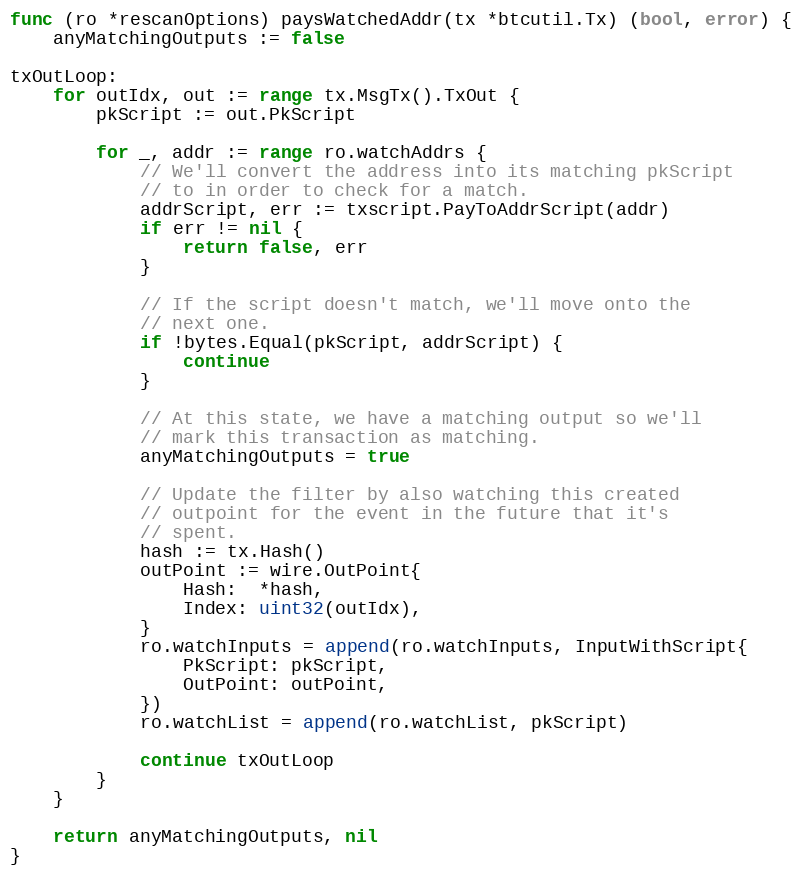
Language: Go
func (ro *rescanOptions) paysWatchedAddr(tx *btcutil.Tx) (bool, error) {
	anyMatchingOutputs := false

txOutLoop:
	for outIdx, out := range tx.MsgTx().TxOut {
		pkScript := out.PkScript

		for _, addr := range ro.watchAddrs {
			// We'll convert the address into its matching pkScript
			// to in order to check for a match.
			addrScript, err := txscript.PayToAddrScript(addr)
			if err != nil {
				return false, err
			}

			// If the script doesn't match, we'll move onto the
			// next one.
			if !bytes.Equal(pkScript, addrScript) {
				continue
			}

			// At this state, we have a matching output so we'll
			// mark this transaction as matching.
			anyMatchingOutputs = true

			// Update the filter by also watching this created
			// outpoint for the event in the future that it's
			// spent.
			hash := tx.Hash()
			outPoint := wire.OutPoint{
				Hash:  *hash,
				Index: uint32(outIdx),
			}
			ro.watchInputs = append(ro.watchInputs, InputWithScript{
				PkScript: pkScript,
				OutPoint: outPoint,
			})
			ro.watchList = append(ro.watchList, pkScript)

			continue txOutLoop
		}
	}

	return anyMatchingOutputs, nil
}